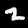
Label: 2